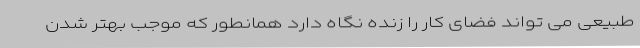
طبیعی می تواند فضای کار را زنده نگاه دارد همانطور که موجب بهتر شدن